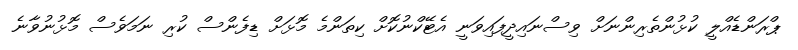
ޕްރަންޑެއްލީ ކުޅުންތެރިންނަށް ވިސްނައިދީފައިވަނީ އެޓޭކްނުކޮށް ކިތަންމެ މޮޅަށް ޑިފެންސް ކުރި ނަމަވެސް މޮޅުނުވާނެ